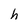
Character: h